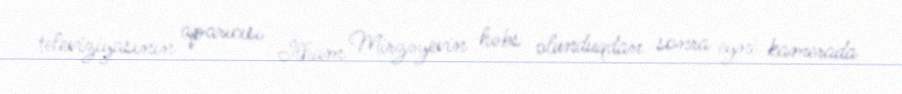
televiziyasının aparıcısı İlham Mirzəyevin həbs olunduqdan sonra eyni kamerada